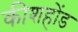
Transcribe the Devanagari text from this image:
कीशहोंड